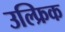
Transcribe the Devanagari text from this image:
उल्फ्रिक